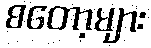
စတော့များ